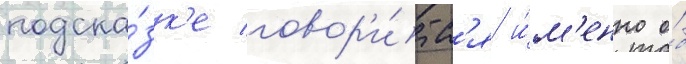
подска́зк'е говор'и́тс'я и́м'енно о́б